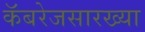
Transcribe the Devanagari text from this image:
कॅबरेजसारख्या